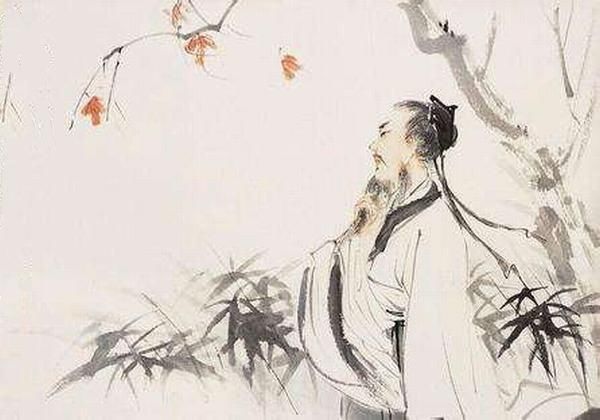
白发三千丈，缘愁似个长。